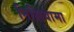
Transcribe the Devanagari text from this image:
निशियामा